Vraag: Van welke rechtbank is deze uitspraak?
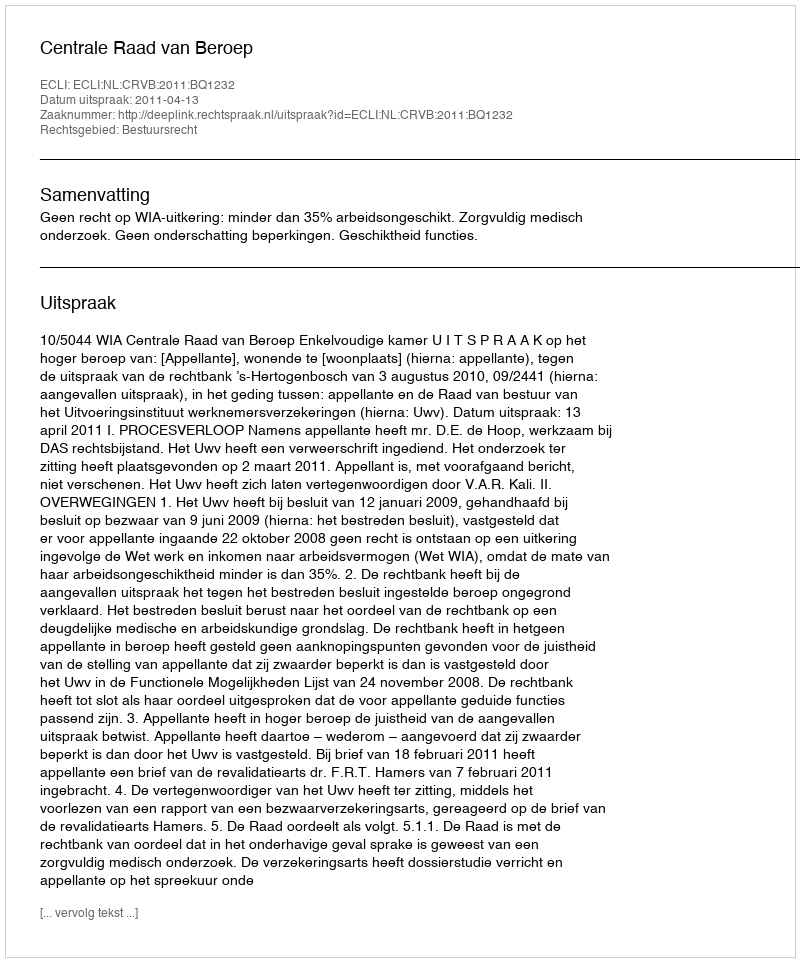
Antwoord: Centrale Raad van Beroep